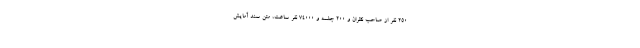
۲۵۰ نفر از صاحب نظران و ۲۰۰ جلسه و ۷۴۰۰۰ نفر ساعت، متن سند آمایش